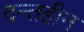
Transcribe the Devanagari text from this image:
दन्तहीन